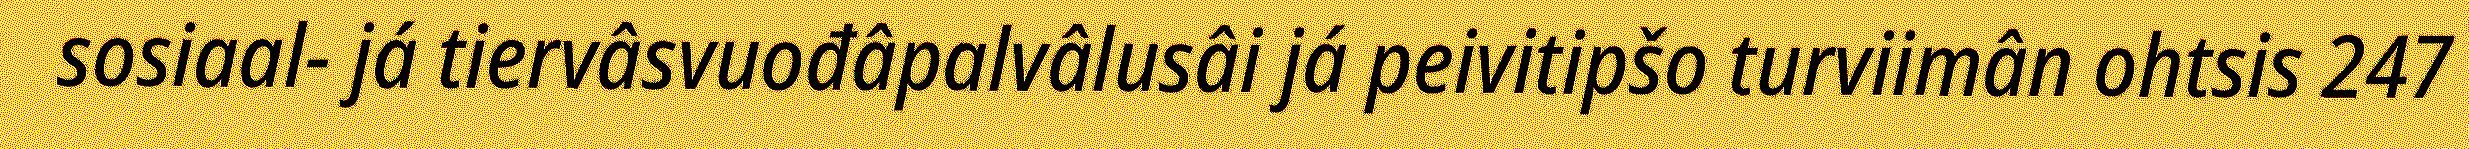
sosiaal- já tiervâsvuođâpalvâlusâi já peivitipšo turviimân ohtsis 247